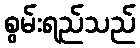
စွမ်းရည်သည်